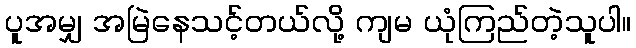
ပူအမျှ အမြဲနေသင့်တယ်လို့ ကျမ ယုံကြည်တဲ့သူပါ။